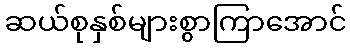
ဆယ်စုနှစ်များစွာကြာအောင်